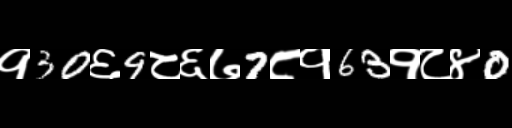
Text: १30६9८६७7८१63१८४0